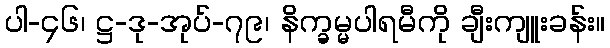
ပါ-၄၆၊ ဋ္ဌ-ဒု-အုပ်-၇၉၊ နိက္ခမ္မပါရမီကို ချီးကျူးခန်း။